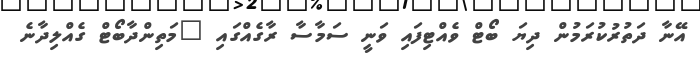
އޭނާ ދަތުރުކުރަމުން ދިޔަ ބޯޓް ވެއްޓިފައި ވަނީ ސަމާސާ ރާގެއްގައި "މަތިންދާބޯޓް ގެއްލިދާނެ